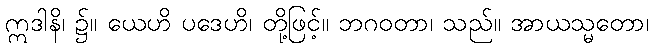
ဣဒါနိ၊ ၌။ ယေဟိ ပဒေဟိ၊ တို့ဖြင့်။ ဘဂဝတာ၊ သည်။ အာယသ္မတော၊